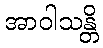
အာဝါသန္တိ